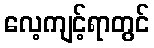
လေ့ကျင့်ရာတွင်